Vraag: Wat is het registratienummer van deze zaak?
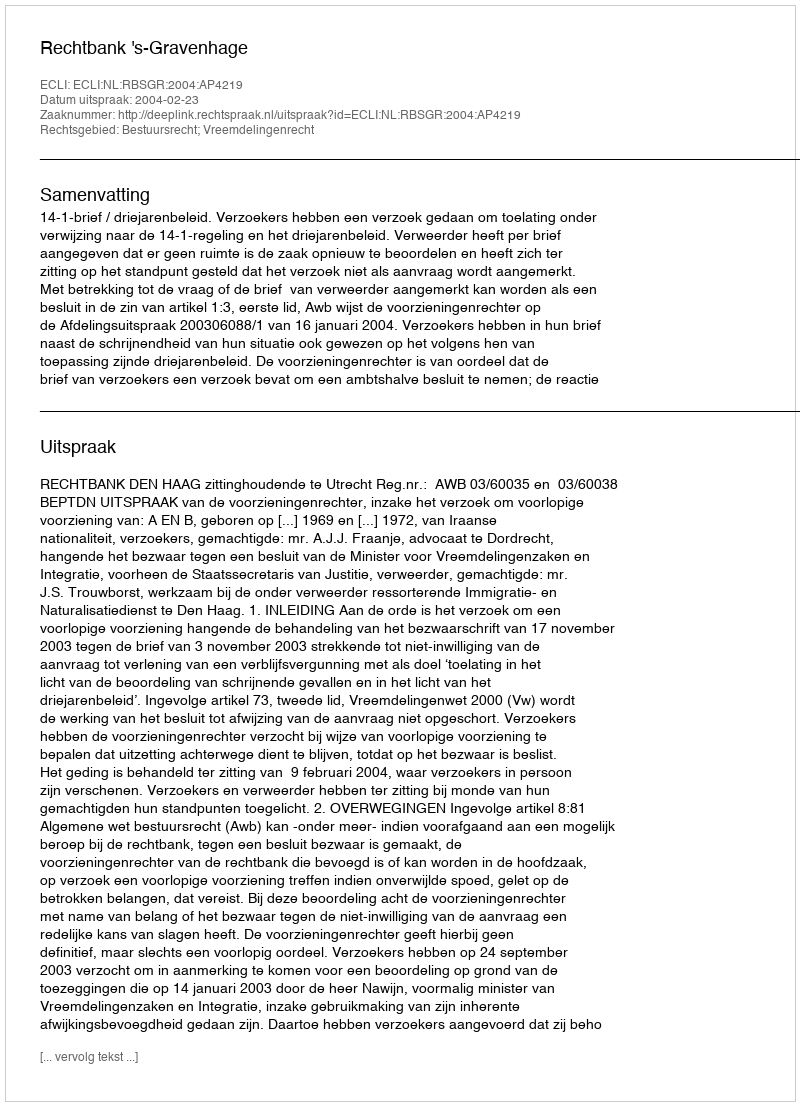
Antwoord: http://deeplink.rechtspraak.nl/uitspraak?id=ECLI:NL:RBSGR:2004:AP4219